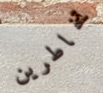
تخاطرين